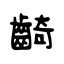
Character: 齮